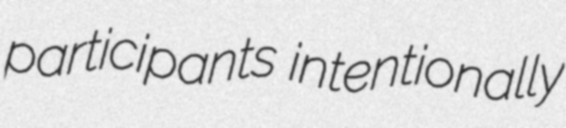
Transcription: participants intentionally